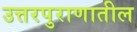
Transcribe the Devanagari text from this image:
उत्तरपुराणातील